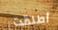
أطلقت